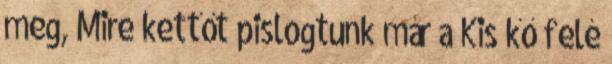
meg, Mire kettőt pislogtunk már a Kis kő felé